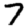
Digit: 7